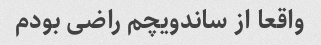
واقعا از ساندویچم راضى بودم